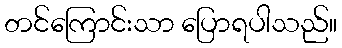
တင်ကြောင်းသာ ပြောရပါသည်။